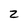
Character: 2